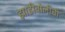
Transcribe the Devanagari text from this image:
झाडीबोलीची